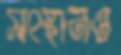
সংস্থানও